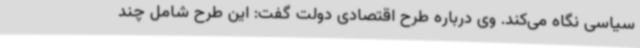
سیاسی نگاه می‌کند. وی درباره طرح اقتصادی دولت گفت: این طرح شامل چند